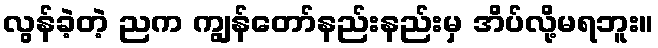
လွန်ခဲ့တဲ့ ညက ကျွန်တော်နည်းနည်းမှ အိပ်လို့မရဘူး။